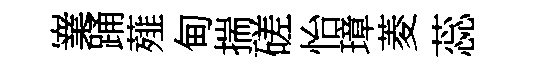
嶪踊薤甸揣磋怡璋菱蕊